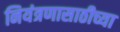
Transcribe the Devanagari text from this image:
नियंत्रणासाठीच्या